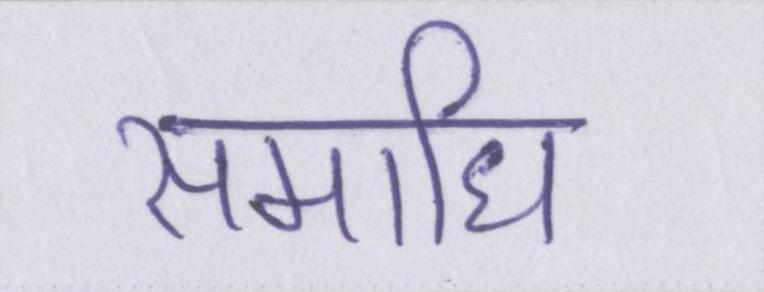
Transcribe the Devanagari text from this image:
समाधि